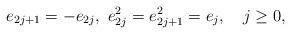
LaTeX: \begin{align*}e_{2j+1}=-e_{2j},\ e_{2j}^2=e_{2j+1}^2=e_j, \ \ \ j\ge 0,\end{align*}